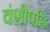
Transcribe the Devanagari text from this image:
वंशीपछि